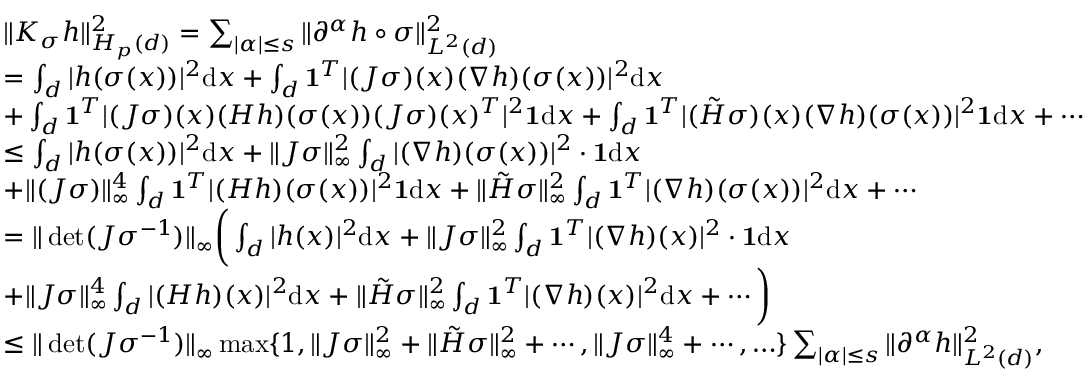
\begin{array} { r l } & { \Vert K _ { \sigma } h \Vert _ { H _ { p } ( \r { d } ) } ^ { 2 } = \sum _ { \vert \alpha \vert \le s } \Vert \partial ^ { \alpha } h \circ \sigma \Vert _ { L ^ { 2 } ( \r { d } ) } ^ { 2 } } \\ & { = \int _ { \r { d } } \vert h ( \sigma ( x ) ) \vert ^ { 2 } \mathrm { d } x + \int _ { \r { d } } \mathbf { 1 } ^ { T } \vert ( J \sigma ) ( x ) ( \nabla h ) ( \sigma ( x ) ) \vert ^ { 2 } \mathrm { d } x } \\ & { + \int _ { \r { d } } \mathbf { 1 } ^ { T } \vert ( J \sigma ) ( x ) ( H h ) ( \sigma ( x ) ) ( J \sigma ) ( x ) ^ { T } \vert ^ { 2 } \mathbf { 1 } \mathrm { d } x + \int _ { \r { d } } \mathbf { 1 } ^ { T } \vert ( \tilde { H } \sigma ) ( x ) ( \nabla h ) ( \sigma ( x ) ) \vert ^ { 2 } \mathbf { 1 } \mathrm { d } x + \cdots } \\ & { \le \int _ { \r { d } } \vert h ( \sigma ( x ) ) \vert ^ { 2 } \mathrm { d } x + \Vert J \sigma \Vert _ { \infty } ^ { 2 } \int _ { \r { d } } \vert ( \nabla h ) ( \sigma ( x ) ) \vert ^ { 2 } \cdot \mathbf { 1 } \mathrm { d } x } \\ & { + \Vert ( J \sigma ) \Vert _ { \infty } ^ { 4 } \int _ { \r { d } } \mathbf { 1 } ^ { T } \vert ( H h ) ( \sigma ( x ) ) \vert ^ { 2 } \mathbf { 1 } \mathrm { d } x + \Vert \tilde { H } \sigma \Vert _ { \infty } ^ { 2 } \int _ { \r { d } } \mathbf { 1 } ^ { T } \vert ( \nabla h ) ( \sigma ( x ) ) \vert ^ { 2 } \mathrm { d } x + \cdots } \\ & { = \Vert \det ( J \sigma ^ { - 1 } ) \Vert _ { \infty } \bigg ( \int _ { \r { d } } \vert h ( x ) \vert ^ { 2 } \mathrm { d } x + \Vert J \sigma \Vert _ { \infty } ^ { 2 } \int _ { \r { d } } \mathbf { 1 } ^ { T } \vert ( \nabla h ) ( x ) \vert ^ { 2 } \cdot \mathbf { 1 } \mathrm { d } x } \\ & { + \Vert J \sigma \Vert _ { \infty } ^ { 4 } \int _ { \r { d } } \vert ( H h ) ( x ) \vert ^ { 2 } \mathrm { d } x + \Vert \tilde { H } \sigma \Vert _ { \infty } ^ { 2 } \int _ { \r { d } } \mathbf { 1 } ^ { T } \vert ( \nabla h ) ( x ) \vert ^ { 2 } \mathrm { d } x + \cdots \bigg ) } \\ & { \le \Vert \det ( J \sigma ^ { - 1 } ) \Vert _ { \infty } \operatorname* { m a x } \{ 1 , \Vert J \sigma \Vert _ { \infty } ^ { 2 } + \Vert \tilde { H } \sigma \Vert _ { \infty } ^ { 2 } + \cdots , \Vert J \sigma \Vert _ { \infty } ^ { 4 } + \cdots , \ldots \} \sum _ { \vert \alpha \vert \le s } \Vert \partial ^ { \alpha } h \Vert _ { L ^ { 2 } ( \r { d } ) } ^ { 2 } , } \end{array}